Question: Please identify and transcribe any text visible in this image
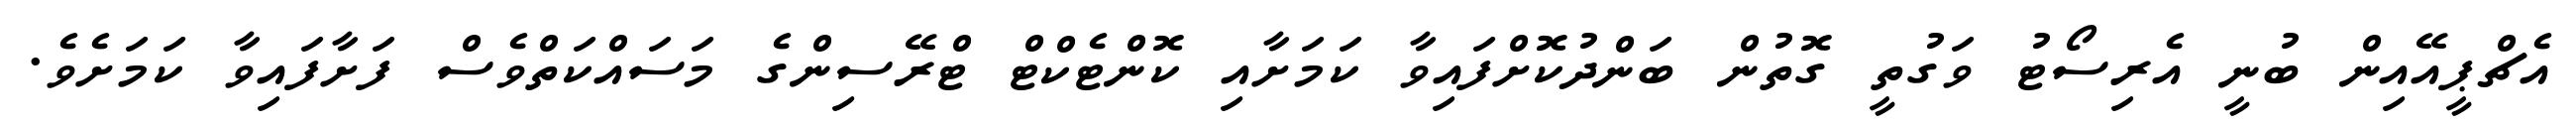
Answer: އެޗްޕީއޭއިން ބުނީ އެރިސޯޓު ވަގުތީ ގޮތުން ބަންދުކޮށްފައިވާ ކަމަށާއި ކޮންޓެކްޓް ޓްރޭސިންގެ މަސައްކަތްވެސް ފަށާފައިވާ ކަމަށެވެ.